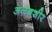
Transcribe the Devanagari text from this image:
अलबशीर